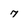
Character: 7